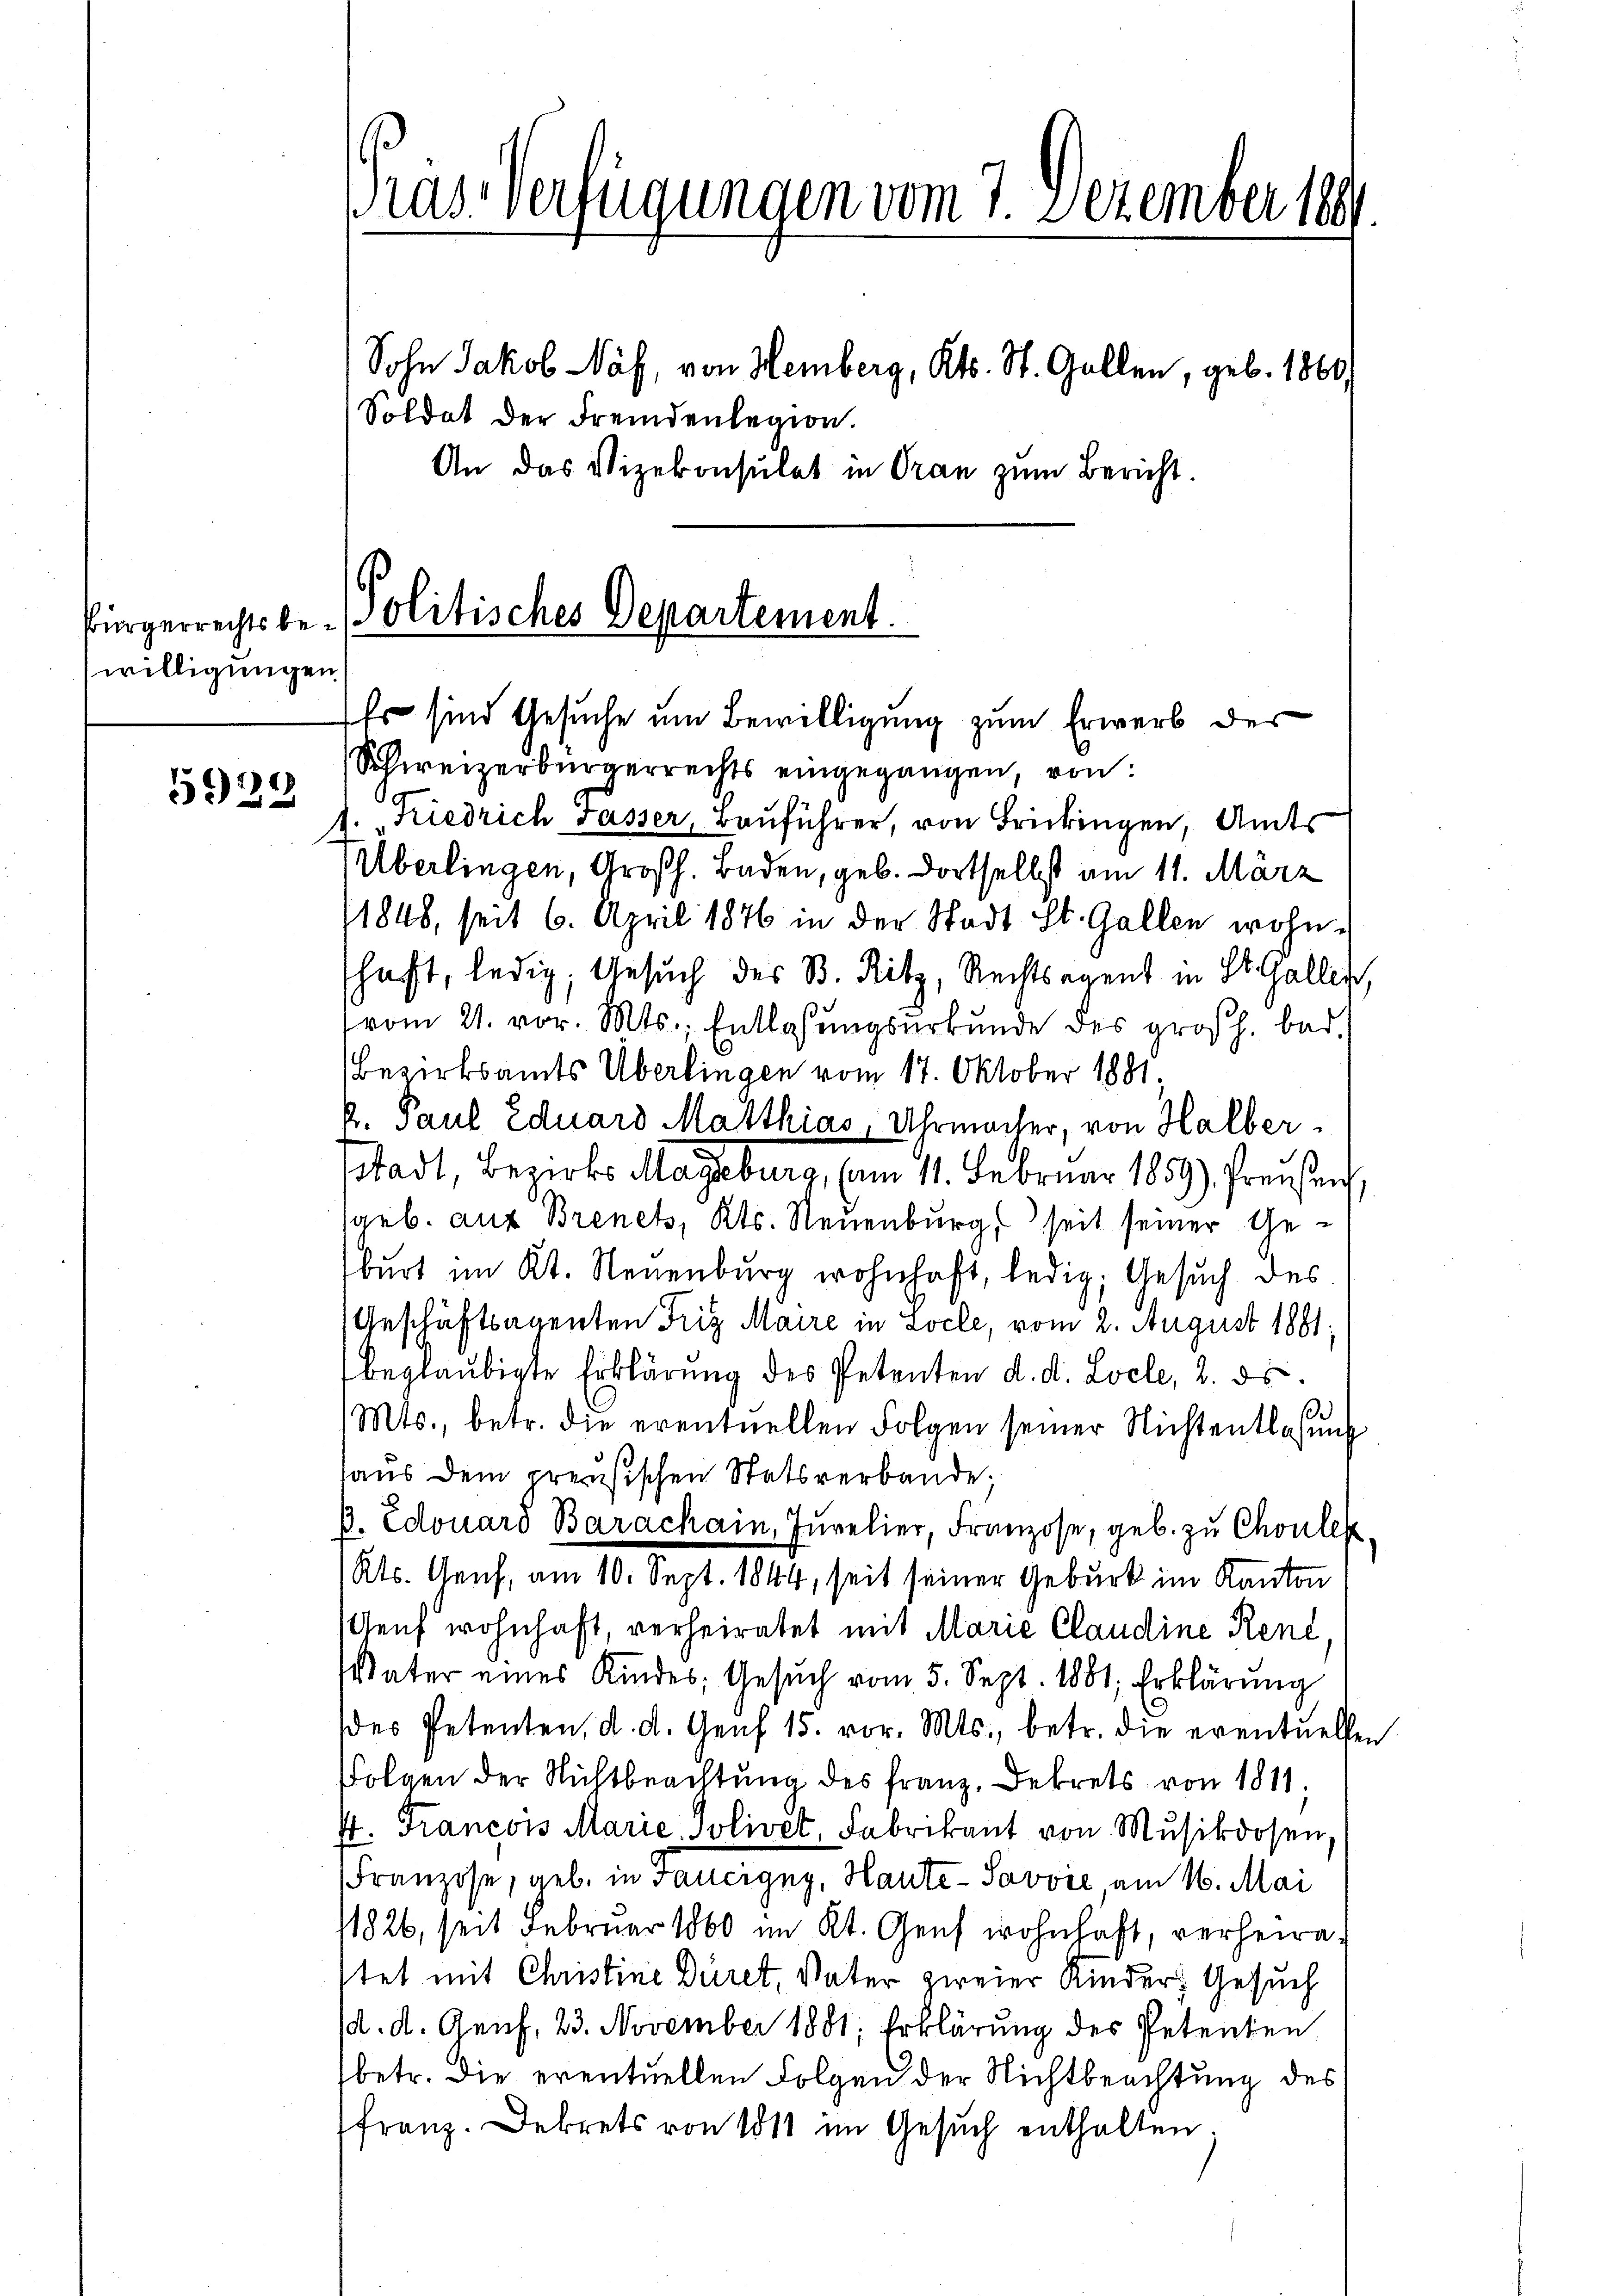
willigungen
.
50

Präs. Verfügungen vom 7. Dezember 189

Sohn Jakob Näf, von Hemberg, Kts. St. Gallen, geb. 1861
Soldat der Fremdenlegion.
An das Vizekonsulat in Oran zum Bericht.

Bürgerrechtsbe-Olitisches Departement.

Es sind Gesuche um Bewilligung zum Erwerb der
Schweizerbürgerrechts eingegangen, von
1. „Kiedrich Fasser, Bauführer, von Frickingen, Amts
Überlingen, Großh. Baden, geb. dortselbst am 11. März
1848, seit 6. April 1876 in der Stadt St. Gallen wohnshaft, ledig, Gesuch des B. Ritz, Rechtsagent in St.Gallen,
vom 21. vor. Mts. Entlassungsurkunde des großh. bad.
Bezirksamts Überlingen vom 17. Oktober 1881,
P. Paul Eduard Matthias, Uhrmacher, von Halber.
stadt, Bezirks Mageburg, (am 11. Februar 1859), Preußen,
(geb. aus Brenek, Kts. Neuenburg, seit seiner Geburt im Kt. Neuenburg wohnhaft, ledig, Gesuch des
Geschäftsagenten Friz Maire in Locle, vom 2. August 1881
beglaubigte Erklärung des Petenten d. d. Locle, 2. ds.
e
Mts., betr. die eventuellen Folgen seiner Nichtentlassung
aus dem preußischen Statsverbande;
p. Edouard Barachain, Jŭrelier, Franzose, geb. zu Cholen
Kts. Ulrich, am 10. Sept. 1844, seit seiner Geburk im Kanton
sGenf wohnhaft, verheiratet mit Marie Claudine René,
Vater eines Kindes Gesŭch vom 5. Sept. 1881, Erklärung
des Petenten, d. d. Genf 15. vor. Mts., betr. die eventuellen
Folgen der Nichtbeachtung des Franz, Dekrets von 1811.
t. Francois Marie, Solivet, Fabrikant von Mŭsikdosen
Franzose, geb. in Faucigny, Haute-Savvić am 16. Mai
1826, seit Februar 1860 im Kt. Genf wohnhaft, verheirastet mit Christine Düret, Vater zweier Kinder, Gesuch
(d. d. Genf, 23. November 1881; Erklärung des Petenten
betr. die eventuellen Folgen der Nichtbeachtung des
franz. Dekrets von 1811 im Gesŭch enthalten.